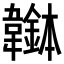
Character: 𩏭